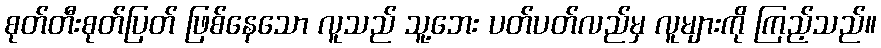
စုတ်တီးစုတ်ပြတ် ဖြစ်နေသော လူသည် သူ့ဘေး ပတ်ပတ်လည်မှ လူများကို ကြည့်သည်။